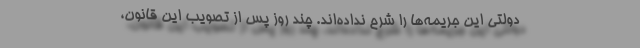
دولتی این جریمه‌ها را شرح نداده‌اند. چند روز پس از تصویب این قانون،